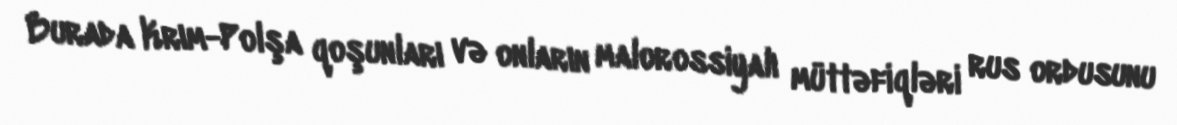
Burada Krım-Polşa qoşunları və onların malorossiyalı müttəfiqləri rus ordusunu